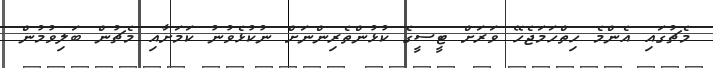
މެޗުގައި އެންމެ ހިތްހަމަޖެހޭ ވަރަށް ޓީސީގެ ކުޅުންތެރިންނަށް ނުކުޅެވުނު ކަމަށާއި މެޗުން ބަލިވުމުން